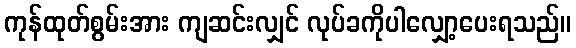
ကုန်ထုတ်စွမ်းအား ကျဆင်းလျှင် လုပ်ခကိုပါလျှော့ပေးရသည်။